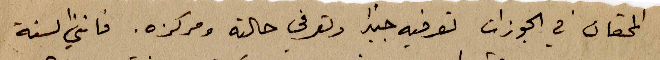
المحقان في الجوزات تعرفيه جيداً وتعرفي حالته ومركزه. فانني السنة